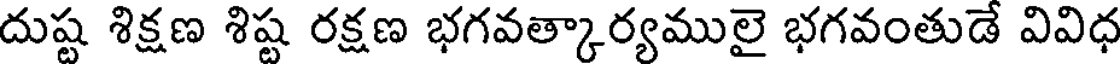
దుష్ట శిక్షణ శిష్ట రక్షణ భగవత్కార్యములై భగవంతుడే వివిధ